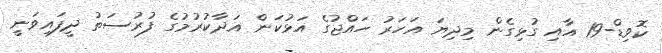
ކޮވިޑް-19 އާއި ގުޅިގެން މިދިޔަ އަހަރު ހައްޖުގެ އަޅުކަން އަދާކުރުމުގެ ފުރުސަތު ދީފައިވަނީ